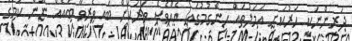
ދަރިންނަކީ ހަރުކަށި އަމަލުތައް ހިންގުމުގައި އެއްވެސް ވަރަކަށް ބައިވެރިވާ ބައެއް ނޫން ކަމުގެ